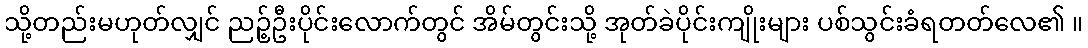
သို့တည်းမဟုတ်လျှင် ညဉ့်ဦးပိုင်းလောက်တွင် အိမ်တွင်းသို့ အုတ်ခဲပိုင်းကျိုးများ ပစ်သွင်းခံရတတ်လေ၏ ။